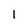
Character: l